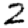
Digit: 2